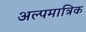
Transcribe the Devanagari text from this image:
अल्पमात्रिक